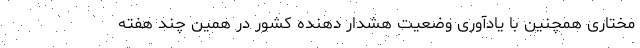
مختاری همچنین با یادآوری وضعیت هشدار دهنده کشور در همین چند هفته